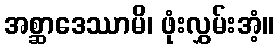
အစ္ဆာဒေဿာမိ၊ ဖုံးလွှမ်းအံ့။